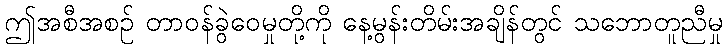
ဤအစီအစဉ် တာဝန်ခွဲဝေမှုတို့ကို နေ့မွန်းတိမ်းအချိန်တွင် သဘောတူညီမှု